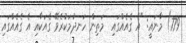
779) މާނައީ: "އެ ގެއެއްގައި  މަތިން ހަނދުމަކުރެވޭ ގެއަކާއި އެ ގެއެއްގައި